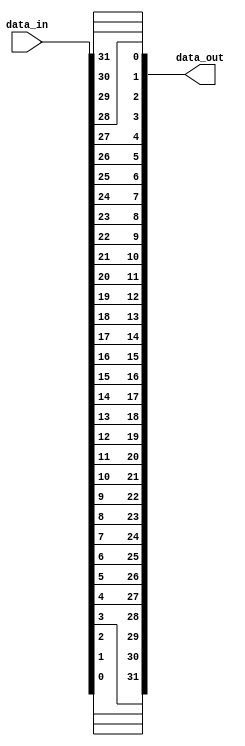
module top(data_out, data_in);
  (* src = "reverser.py:40" *)
  reg [31:0] \\\\\\\\\\\\\\\\\\\\\\\\\\\\\\\\$next\\\\\\\\\\\\\\\\\\\\\\\\\\\\\\\\data_out ;
  (* src = "reverser.py:39" *)
  input [31:0] data_in;
  (* src = "reverser.py:40" *)
  output [31:0] data_out;
  always @* begin
    \\\\\\\\\\\\\\\\\\\\\\\\\\\\\\\\$next\\\\\\\\\\\\\\\\\\\\\\\\\\\\\\\\data_out  = 32'd0;
    \\\\\\\\\\\\\\\\\\\\\\\\\\\\\\\\$next\\\\\\\\\\\\\\\\\\\\\\\\\\\\\\\\data_out [31] = data_in[0];
    \\\\\\\\\\\\\\\\\\\\\\\\\\\\\\\\$next\\\\\\\\\\\\\\\\\\\\\\\\\\\\\\\\data_out [30] = data_in[1];
    \\\\\\\\\\\\\\\\\\\\\\\\\\\\\\\\$next\\\\\\\\\\\\\\\\\\\\\\\\\\\\\\\\data_out [29] = data_in[2];
    \\\\\\\\\\\\\\\\\\\\\\\\\\\\\\\\$next\\\\\\\\\\\\\\\\\\\\\\\\\\\\\\\\data_out [28] = data_in[3];
    \\\\\\\\\\\\\\\\\\\\\\\\\\\\\\\\$next\\\\\\\\\\\\\\\\\\\\\\\\\\\\\\\\data_out [27] = data_in[4];
    \\\\\\\\\\\\\\\\\\\\\\\\\\\\\\\\$next\\\\\\\\\\\\\\\\\\\\\\\\\\\\\\\\data_out [26] = data_in[5];
    \\\\\\\\\\\\\\\\\\\\\\\\\\\\\\\\$next\\\\\\\\\\\\\\\\\\\\\\\\\\\\\\\\data_out [25] = data_in[6];
    \\\\\\\\\\\\\\\\\\\\\\\\\\\\\\\\$next\\\\\\\\\\\\\\\\\\\\\\\\\\\\\\\\data_out [24] = data_in[7];
    \\\\\\\\\\\\\\\\\\\\\\\\\\\\\\\\$next\\\\\\\\\\\\\\\\\\\\\\\\\\\\\\\\data_out [23] = data_in[8];
    \\\\\\\\\\\\\\\\\\\\\\\\\\\\\\\\$next\\\\\\\\\\\\\\\\\\\\\\\\\\\\\\\\data_out [22] = data_in[9];
    \\\\\\\\\\\\\\\\\\\\\\\\\\\\\\\\$next\\\\\\\\\\\\\\\\\\\\\\\\\\\\\\\\data_out [21] = data_in[10];
    \\\\\\\\\\\\\\\\\\\\\\\\\\\\\\\\$next\\\\\\\\\\\\\\\\\\\\\\\\\\\\\\\\data_out [20] = data_in[11];
    \\\\\\\\\\\\\\\\\\\\\\\\\\\\\\\\$next\\\\\\\\\\\\\\\\\\\\\\\\\\\\\\\\data_out [19] = data_in[12];
    \\\\\\\\\\\\\\\\\\\\\\\\\\\\\\\\$next\\\\\\\\\\\\\\\\\\\\\\\\\\\\\\\\data_out [18] = data_in[13];
    \\\\\\\\\\\\\\\\\\\\\\\\\\\\\\\\$next\\\\\\\\\\\\\\\\\\\\\\\\\\\\\\\\data_out [17] = data_in[14];
    \\\\\\\\\\\\\\\\\\\\\\\\\\\\\\\\$next\\\\\\\\\\\\\\\\\\\\\\\\\\\\\\\\data_out [16] = data_in[15];
    \\\\\\\\\\\\\\\\\\\\\\\\\\\\\\\\$next\\\\\\\\\\\\\\\\\\\\\\\\\\\\\\\\data_out [15] = data_in[16];
    \\\\\\\\\\\\\\\\\\\\\\\\\\\\\\\\$next\\\\\\\\\\\\\\\\\\\\\\\\\\\\\\\\data_out [14] = data_in[17];
    \\\\\\\\\\\\\\\\\\\\\\\\\\\\\\\\$next\\\\\\\\\\\\\\\\\\\\\\\\\\\\\\\\data_out [13] = data_in[18];
    \\\\\\\\\\\\\\\\\\\\\\\\\\\\\\\\$next\\\\\\\\\\\\\\\\\\\\\\\\\\\\\\\\data_out [12] = data_in[19];
    \\\\\\\\\\\\\\\\\\\\\\\\\\\\\\\\$next\\\\\\\\\\\\\\\\\\\\\\\\\\\\\\\\data_out [11] = data_in[20];
    \\\\\\\\\\\\\\\\\\\\\\\\\\\\\\\\$next\\\\\\\\\\\\\\\\\\\\\\\\\\\\\\\\data_out [10] = data_in[21];
    \\\\\\\\\\\\\\\\\\\\\\\\\\\\\\\\$next\\\\\\\\\\\\\\\\\\\\\\\\\\\\\\\\data_out [9] = data_in[22];
    \\\\\\\\\\\\\\\\\\\\\\\\\\\\\\\\$next\\\\\\\\\\\\\\\\\\\\\\\\\\\\\\\\data_out [8] = data_in[23];
    \\\\\\\\\\\\\\\\\\\\\\\\\\\\\\\\$next\\\\\\\\\\\\\\\\\\\\\\\\\\\\\\\\data_out [7] = data_in[24];
    \\\\\\\\\\\\\\\\\\\\\\\\\\\\\\\\$next\\\\\\\\\\\\\\\\\\\\\\\\\\\\\\\\data_out [6] = data_in[25];
    \\\\\\\\\\\\\\\\\\\\\\\\\\\\\\\\$next\\\\\\\\\\\\\\\\\\\\\\\\\\\\\\\\data_out [5] = data_in[26];
    \\\\\\\\\\\\\\\\\\\\\\\\\\\\\\\\$next\\\\\\\\\\\\\\\\\\\\\\\\\\\\\\\\data_out [4] = data_in[27];
    \\\\\\\\\\\\\\\\\\\\\\\\\\\\\\\\$next\\\\\\\\\\\\\\\\\\\\\\\\\\\\\\\\data_out [3] = data_in[28];
    \\\\\\\\\\\\\\\\\\\\\\\\\\\\\\\\$next\\\\\\\\\\\\\\\\\\\\\\\\\\\\\\\\data_out [2] = data_in[29];
    \\\\\\\\\\\\\\\\\\\\\\\\\\\\\\\\$next\\\\\\\\\\\\\\\\\\\\\\\\\\\\\\\\data_out [1] = data_in[30];
    \\\\\\\\\\\\\\\\\\\\\\\\\\\\\\\\$next\\\\\\\\\\\\\\\\\\\\\\\\\\\\\\\\data_out [0] = data_in[31];
  end
  assign data_out = \\\\\\\\\\\\\\\\\\\\\\\\\\\\\\\\$next\\\\\\\\\\\\\\\\\\\\\\\\\\\\\\\\data_out ;
endmodule